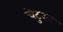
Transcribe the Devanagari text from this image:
चेटुआ